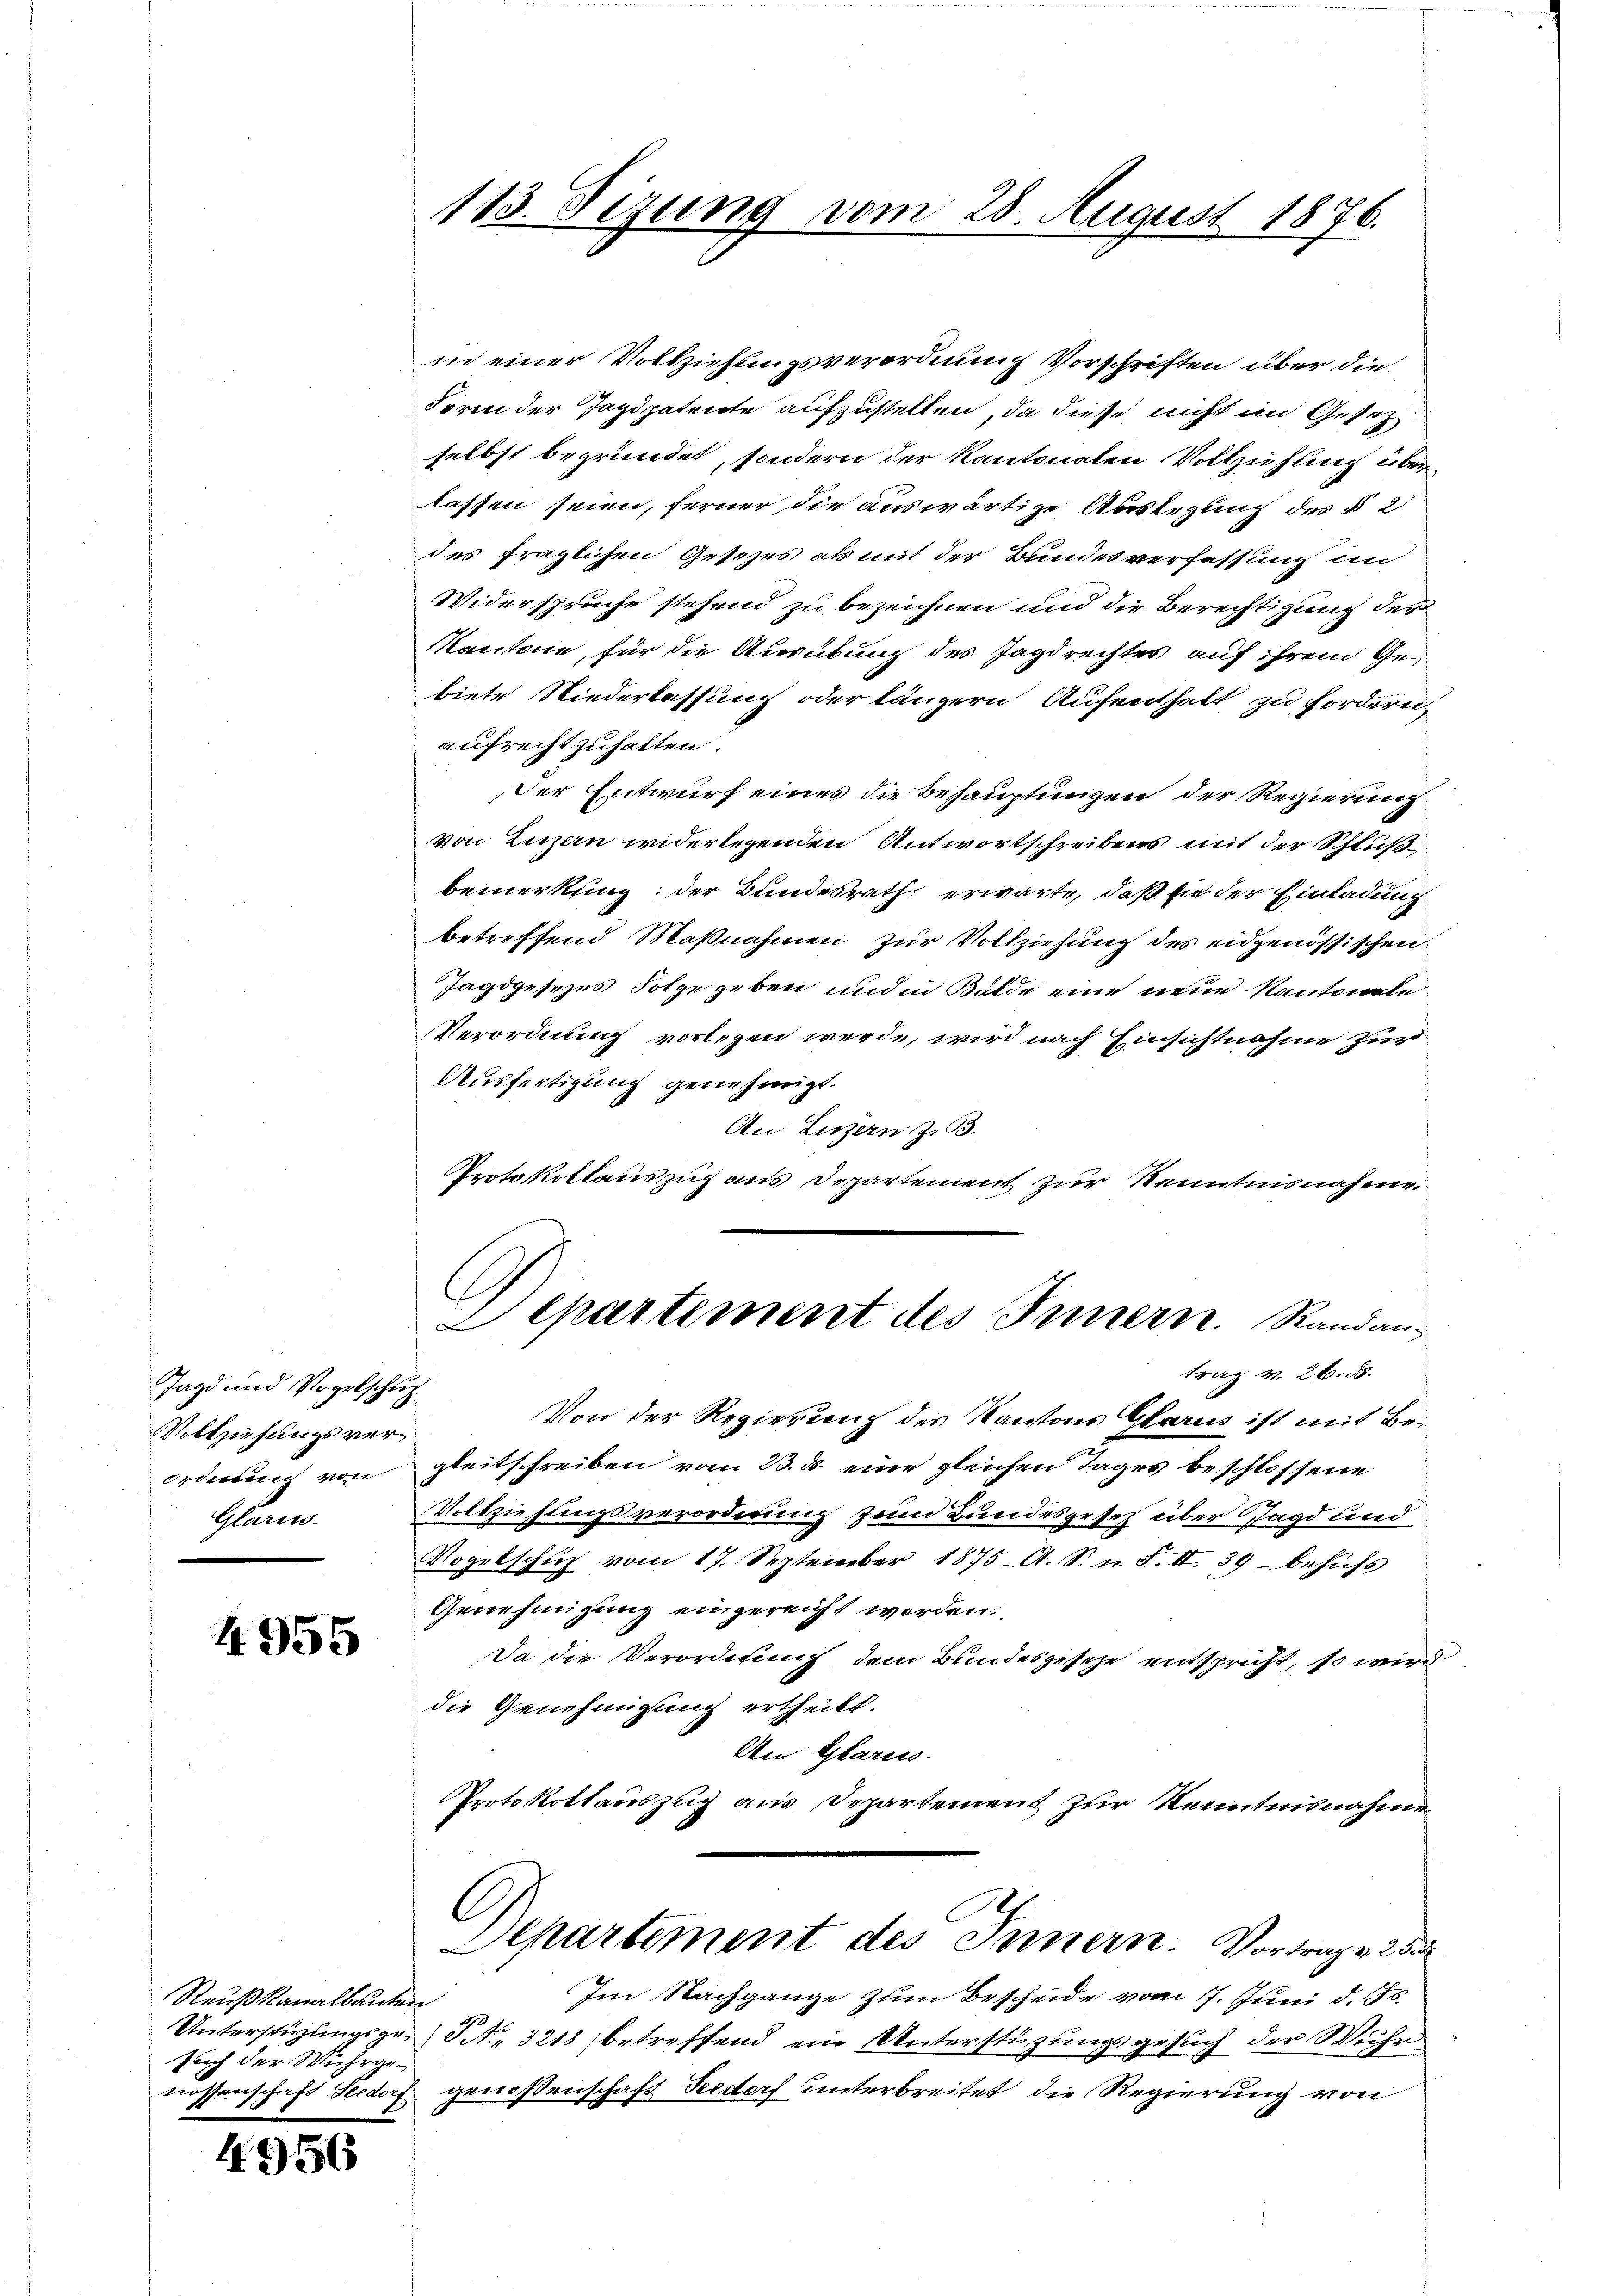
Jagd und Vogelschuß
Vollziehungsverordnung von
Glarus.

4955

Reußkanalbauten
such der Wuhrge¬

4956

113. Sizung vom 28. August 1876.

in einer Vollziehungsverordnung Vorschriften über die
Foren der Jagdpatente aufzustellen, da diese nicht im Gesezselbst begründet, sondern der Kantonalen Vollziehung über
lassen seien, ferner die auswärtige Auslegung des § 2
des fraglichen Gesezes als mit der Bundesverfassung im
Widerspruche stehend zu bezeichnen und die Berechtigung der
Kantone, für die Ausübung des Jagdrechtes auf ihrem Gebiete Niederlassung oder längern Aufenthalt zu fordern
aufrecht zuhalten.
Der Entwurf eines die Behauptungen der Regierung
von Luzern widerlegenden Antwortschreibens mit der Schluß
bemerksing der Bundesrath erwarte, daß sie der Einladung
betreffend Maßnahmen zur Vollziehung des eidgenössischen
Jagdgesezes Folge geben und in Bälde eine neue Kantonale
Verordnung vorlegen werde, wird nach Einsichtnahme zur
Ausfertigung genehmigt.
An Luzern z. B.
Protokollauszug aus Departement zur Kenntnisnahme.
C
Departement des Innern. Randantrag v. 26. 8.
Von der Regierung des Kantons Glarus ist mit Begleitschreiben vom 23. ds eine gleichen Tages beschlossene
Vollziehungsverordnung zum Bundesgesetz über Jagd und
Vogelschuß vom 17. September 1875 A. S. n. F. II. 39 – behufs
Genehmigung eingereicht worden.
Da die Verordnung dem Bundesgeseze entspricht, so wird
die Genehmigung ertheilt.
Am Glaren.
Protokollauszug aus Departement zur Kenntnisnahme
Departement des Innern. Vortrage 23
Im Nachgange zum Bescheide vom 7. Juni d. Js.
Unterstüzungsge.) S. 3218 (betreffend ein Unterstüzungsgesuch der Wuhr
nossenschaft Seedorf genossenschaft Seedorf unterbreitet die Regierung von